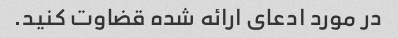
در مورد ادعای ارائه شده قضاوت کنید.